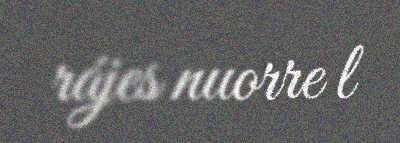
rájes nuorre l